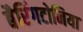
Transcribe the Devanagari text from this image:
बैरिंगटोनिया